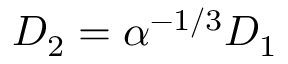
D _ { 2 } = \alpha ^ { - 1 / 3 } D _ { 1 }